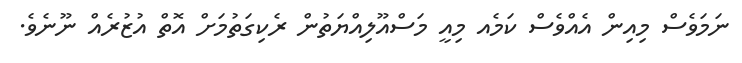
ނަމަވެސް މިއިން އެއްވެސް ކަމެއ މިއީ މަސްއޫލިއްޔަތުން ރެކިގަތުމަށް އޮތް އުޒުރެއް ނޫނެވެ.